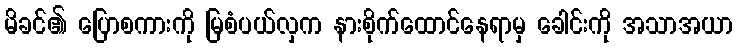
မိခင်၏ ပြောစကားကို မြစံပယ်လှက နားစိုက်ထောင်နေရာမှ ခေါင်းကို အသာအယာ